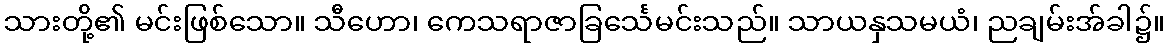
သားတို့၏ မင်းဖြစ်သော။ သီဟော၊ ကေသရာဇာခြင်္သေမင်းသည်။ သာယနှသမယံ၊ ညချမ်းအ်ခါ၌။